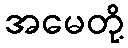
အမေတို့